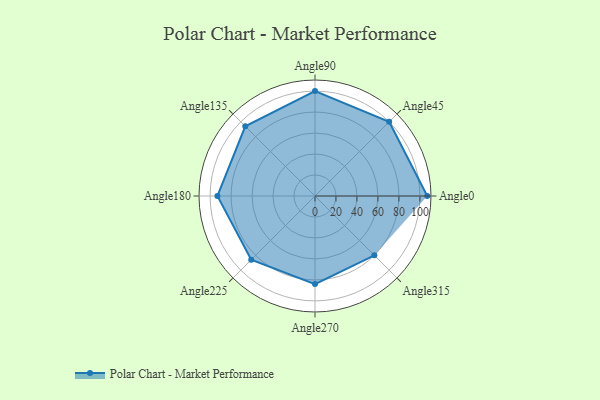
{"axis": {"x": "Angle", "y": "Radius"}, "legend": [""], "data": [{"x": "Angle0", "y": 107.0, "type": ""}, {"x": "Angle45", "y": 100.0, "type": ""}, {"x": "Angle90", "y": 100.0, "type": ""}, {"x": "Angle135", "y": 94.0, "type": ""}, {"x": "Angle180", "y": 93.0, "type": ""}, {"x": "Angle225", "y": 86.0, "type": ""}, {"x": "Angle270", "y": 84.0, "type": ""}, {"x": "Angle315", "y": 80.0, "type": ""}]}